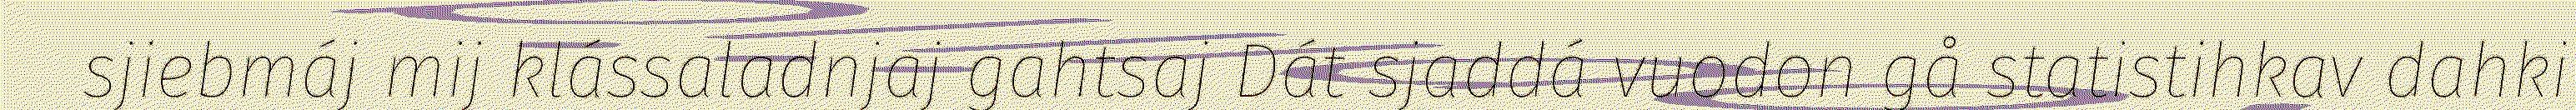
sjiebmáj mij klássaladnjaj gahtsaj Dát sjaddá vuodon gå statistihkav dahki